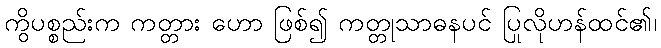
ကွိပစ္စည်းက ကတ္တား ဟော ဖြစ်၍ ကတ္တုသာဓနပင် ပြုလိုဟန်ထင်၏၊